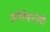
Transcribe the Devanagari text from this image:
अथेरेक्टोमी